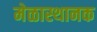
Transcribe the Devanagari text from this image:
मेळास्थानक